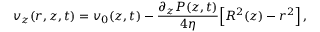
v _ { z } ( r , z , t ) = v _ { 0 } ( z , t ) - \frac { \partial _ { z } P ( z , t ) } { 4 \eta } \Big [ R ^ { 2 } ( z ) - r ^ { 2 } \Big ] \, ,